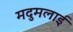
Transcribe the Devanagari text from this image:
मदुमलाई